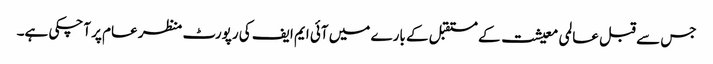
جس سے قبل عالمی معیشت کے مستقبل کے بارے میں آئی ایم ایف کی رپورٹ منظر عام پر آچکی ہے۔